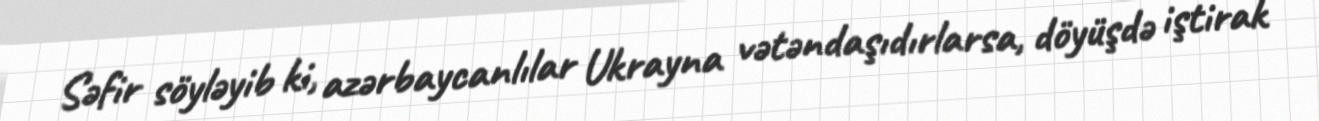
Səfir söyləyib ki, azərbaycanlılar Ukrayna vətəndaşıdırlarsa, döyüşdə iştirak